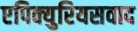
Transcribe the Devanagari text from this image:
एपिक्युरियसवाद